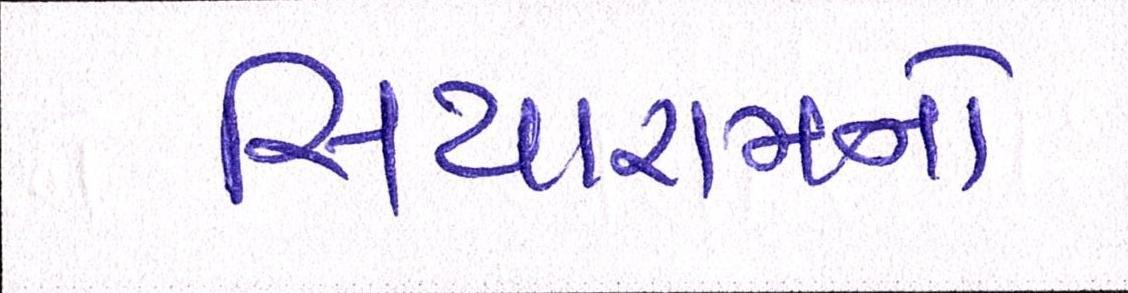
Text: સિયારામનો